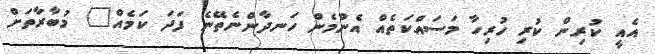
އެއީ ކުރިން ކުރި ހުރިހާ މަސައްކަތެއް އެންމެން ހަނދާންނެތޭނެ ފަދަ ކަމެއް" މުބާރާތަށް